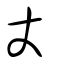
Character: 丈